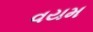
વયમ